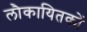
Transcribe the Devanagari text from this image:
लौकायितकों